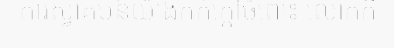
ការស្វាគមន៍យ៉ាងកក់ក្តៅចំពោះ លោកក៏